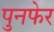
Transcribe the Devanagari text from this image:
पुनफेर